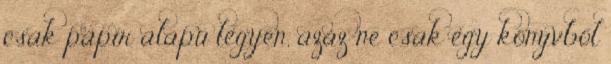
csak papír alapú legyen, azaz ne csak egy könyvből